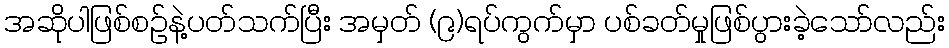
အဆိုပါဖြစ်စဉ်နဲ့ပတ်သက်ပြီး အမှတ် (၉)ရပ်ကွက်မှာ ပစ်ခတ်မှုဖြစ်ပွားခဲ့သော်လည်း